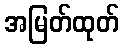
အမြတ်ထုတ်